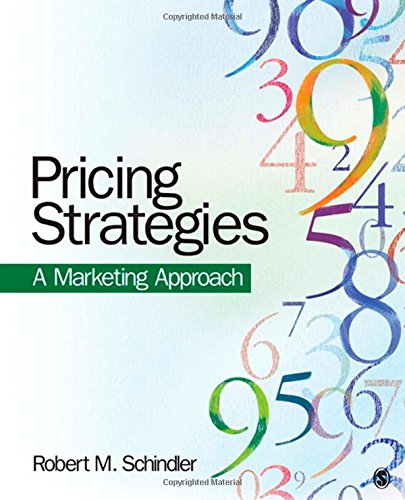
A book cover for Pricing Strategies: A Marketing Approach; Robert M. Schindler; Business & Money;